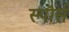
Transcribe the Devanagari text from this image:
स्पॊर्स